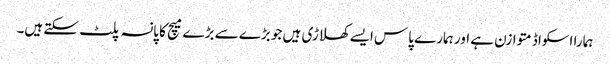
ہمارا اسکواڈ متوازن ہے اور ہمارے پاس ایسے کھلاڑی ہیں جو بڑے سے بڑے میچ کا پانسہ پلٹ سکتے ہیں۔